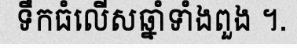
ទឹកធំលើសឆ្នាំទាំងពួង ។.